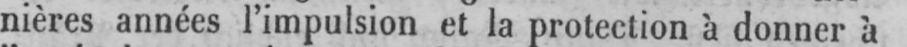
nières années l’impulsion et la protection à donner à